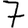
Digit: 7